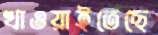
খাওয়াইতেছে